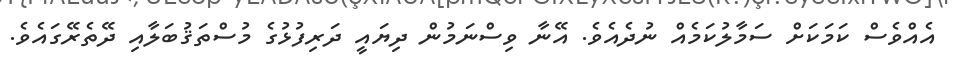
އެއްވެސް ކަމަކަށް ސަމާލުކަމެއް ނުދެއެވެ. އޭނާ ވިސްނަމުން ދިޔައީ ދަރިފުޅުގެ މުސްތަޤުބަލާއި ދޭތެރޭގައެވެ.